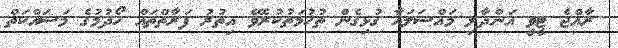
ރާއްޖެ ޓީވީ އަންދާލި މައްސަލައާ ގުޅިގެން ތުހުމަތުކުރެވޭ އިތުރު ފަރާތްތައް ހޯދުމުގެ މަސައްކަތް